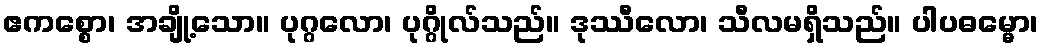
ဧကစ္စော၊ အချို့သော။ ပုဂ္ဂလော၊ ပုဂ္ဂိုလ်သည်။ ဒုဿီလော၊ သီလမရှိသည်။ ပါပဓမ္မော၊